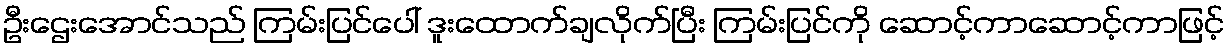
ဦးဌေးအောင်သည် ကြမ်းပြင်ပေါ် ဒူးထောက်ချလိုက်ပြီး ကြမ်းပြင်ကို ဆောင့်ကာဆောင့်ကာဖြင့်